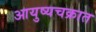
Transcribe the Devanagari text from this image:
आयुष्यचक्रात